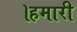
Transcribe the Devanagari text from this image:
।हमारी